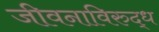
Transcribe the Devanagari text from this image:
जीवनाविरुद्ध